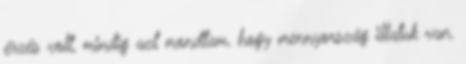
érzés volt, mindig azt mondtam, hogy mennyország illatuk van.